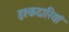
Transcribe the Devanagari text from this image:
इश्कदारियां